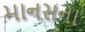
માનસના